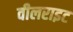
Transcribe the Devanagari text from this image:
वीलराइट